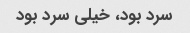
سرد بود، خیلی سرد بود